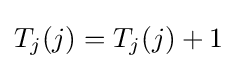
T_{j}(j)=T_{j}(j)+1